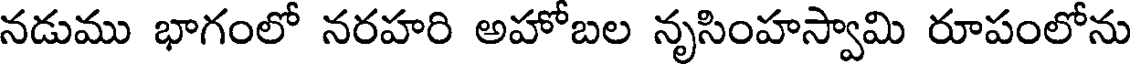
నడుము భాగంలో నరహరి అహోబల నృసింహస్వామి రూపంలోను